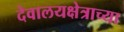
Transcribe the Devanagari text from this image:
देवालयक्षेत्राच्या